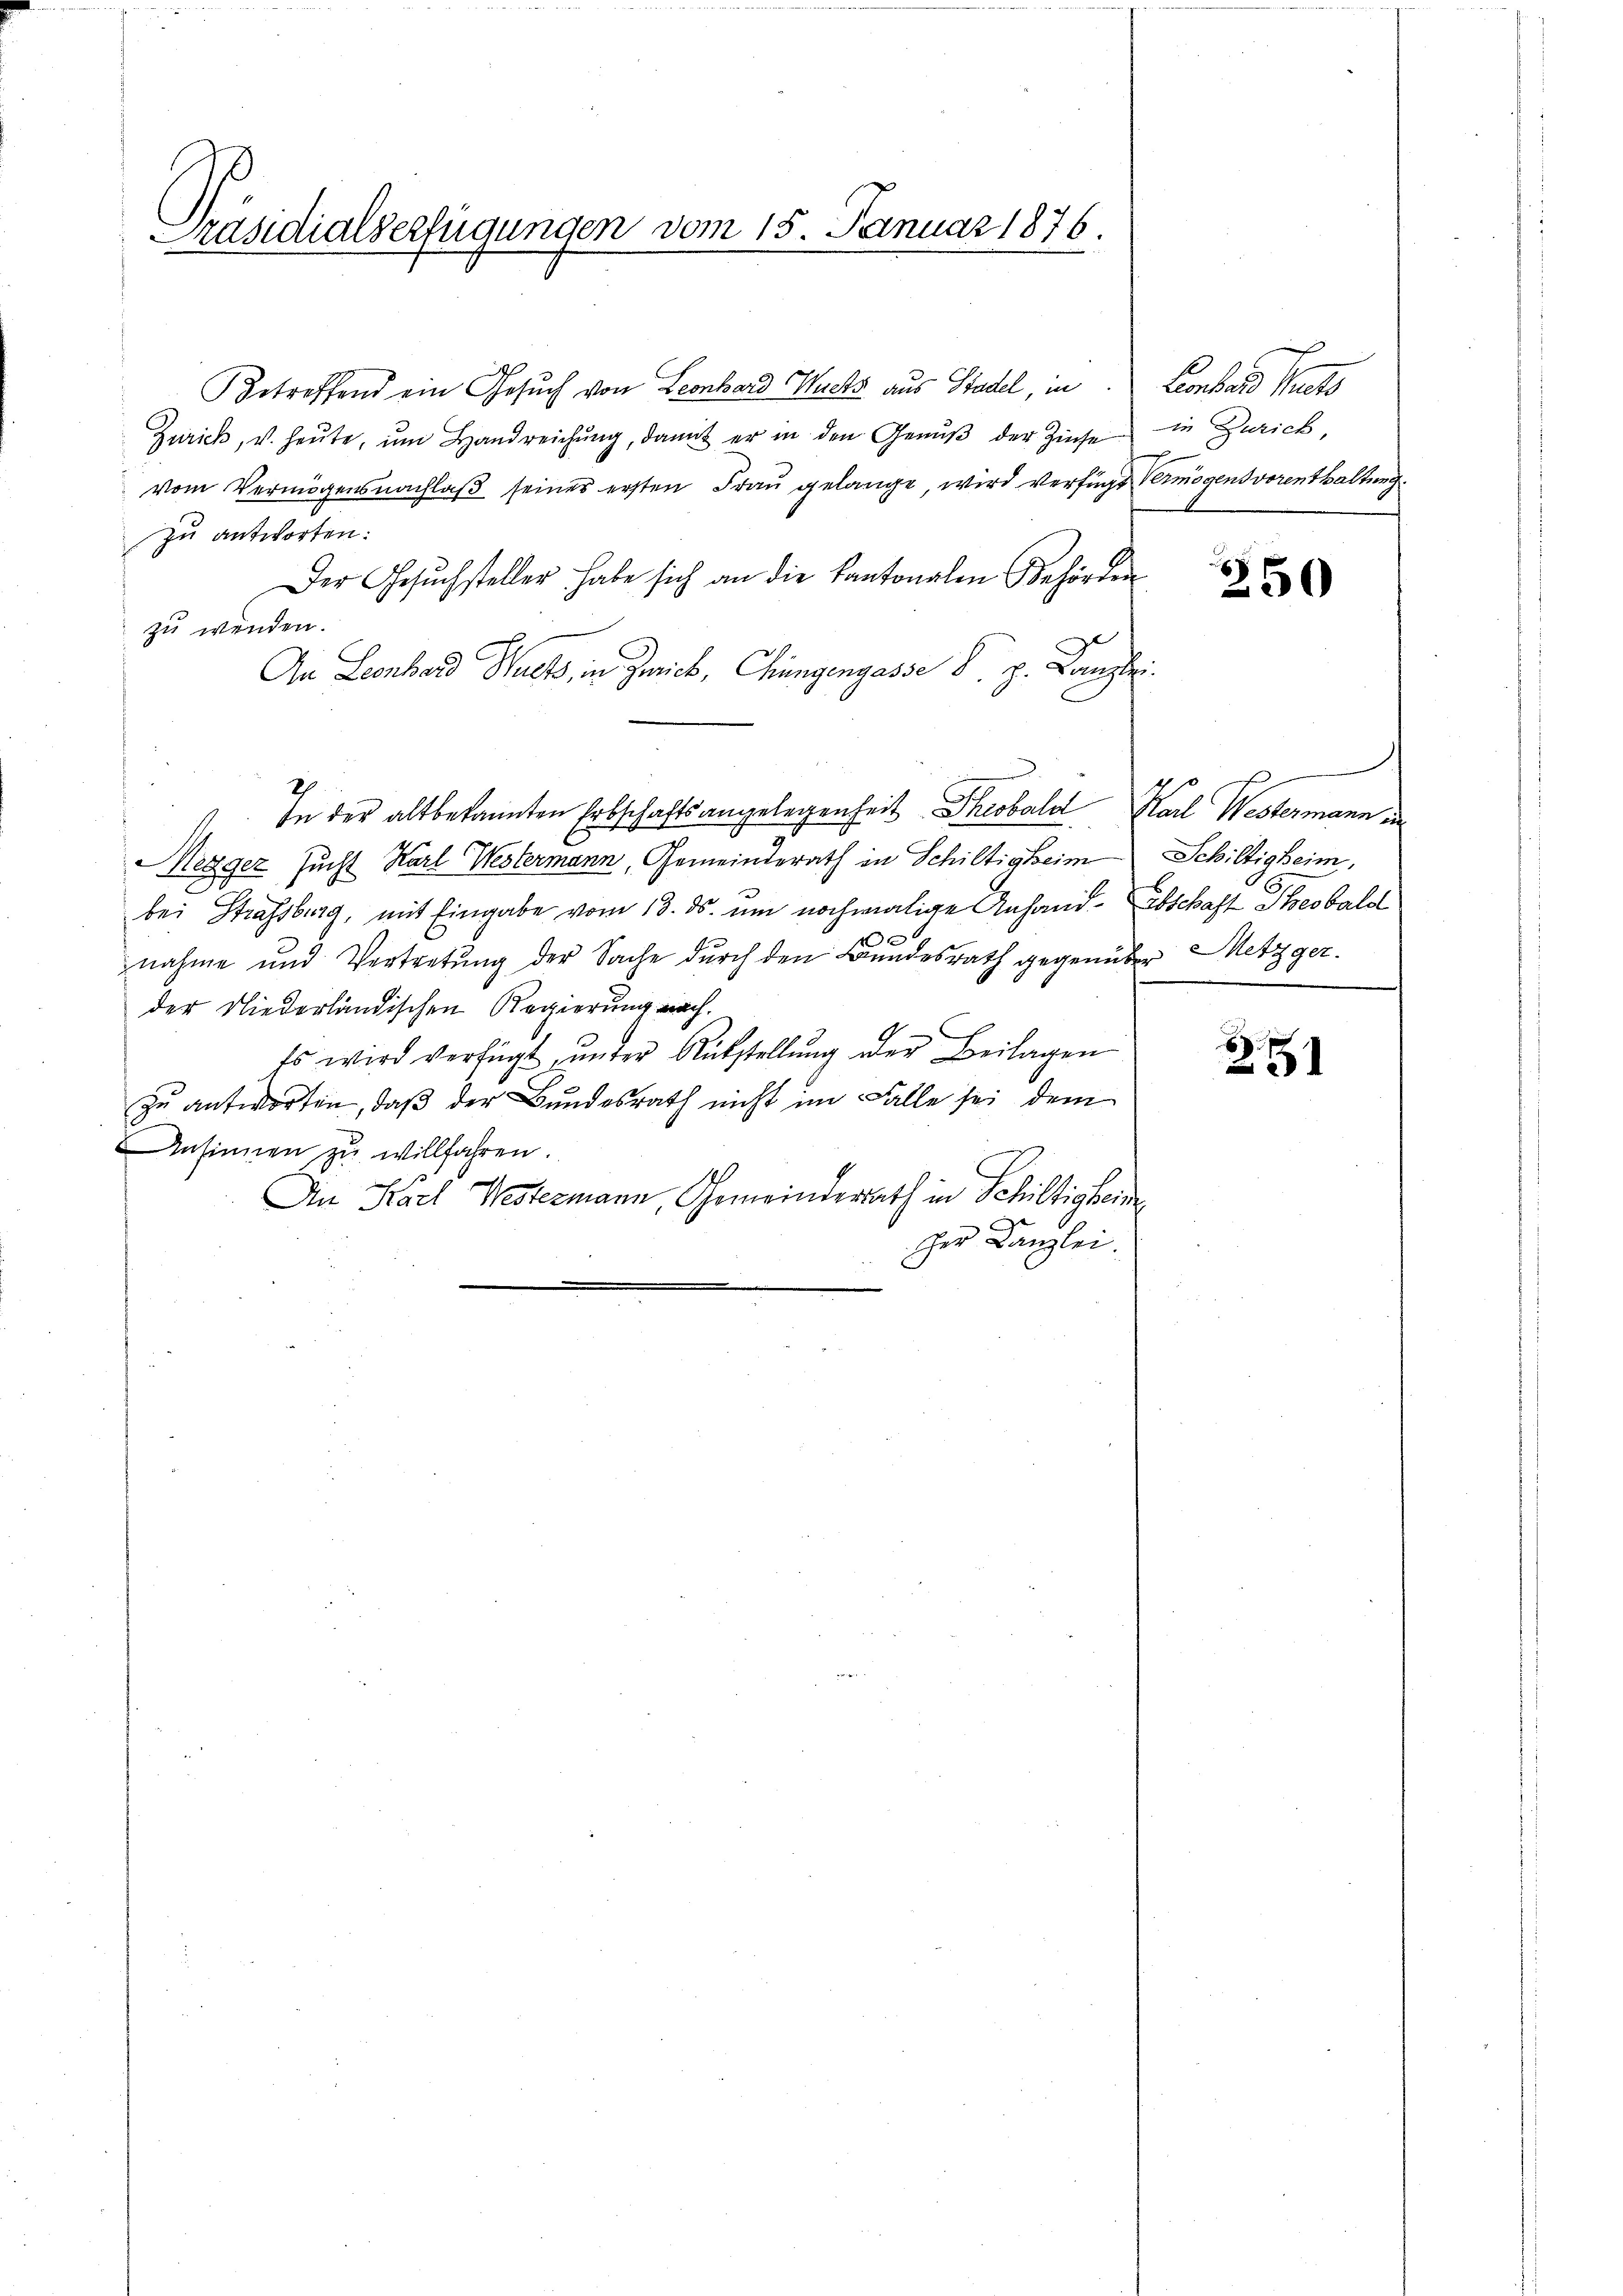
Präsidialverfügungen vom 15. Januar 1876.

Betreffend ein Gesuch von Leonhard Wuchs aus Stadel, in Leonhard Suets
Zürich, u. heŭte ŭm Handreichŭng, damit er in den Genŭβ der Zinse
vom Vermögensnachlaß seiner ersten Frau gelange, wird verfügt Vermögens vorenthaltung.
zu antworten:
Der Gesŭchsteller habe sich an die Kantonalen Behörden
zu wenden.
An Leonhard Walts, in Zwick, Chungengasse d. h. Kanzlei
In der altbekannten Erbschaftsangelegenheit Theobald Karl Westermann in
Megger Zucht Karl Westermann, Gemeinderath in Schiltigkeim
bei Strassburg, mit Eingabe vom 13. ds. um nochmalige Anhand-Abschaft Thesbald
nahme und Vertretung der Sache durch den Bundesrath gegenüber Metzger
der Niederländischen Regierung nach.
Es wird verfügt, ŭnter Rükstellŭng der Beilagen
zu antworten, daß der Bundesrath nicht im Falle sei dem
Ansinnen zu willfahren.
An Karl Nestermann, Gemeinderath in Schiltigkei
C
her Kanzlei.

in Zürich,

250

Schiltigheim,

6
251